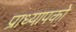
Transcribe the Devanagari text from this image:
प्राध्यापको